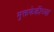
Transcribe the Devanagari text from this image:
मुक्तफेकीच्या